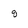
Character: q